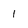
Character: 1